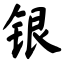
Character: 银